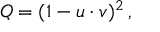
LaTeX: Q = ( 1 - u \cdot v ) ^ { 2 } \, ,